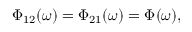
\begin{array} { r } { \Phi _ { 1 2 } ( \omega ) = \Phi _ { 2 1 } ( \omega ) = \Phi ( \omega ) , } \end{array}